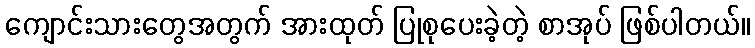
ကျောင်းသားတွေအတွက် အားထုတ် ပြုစုပေးခဲ့တဲ့ စာအုပ် ဖြစ်ပါတယ်။